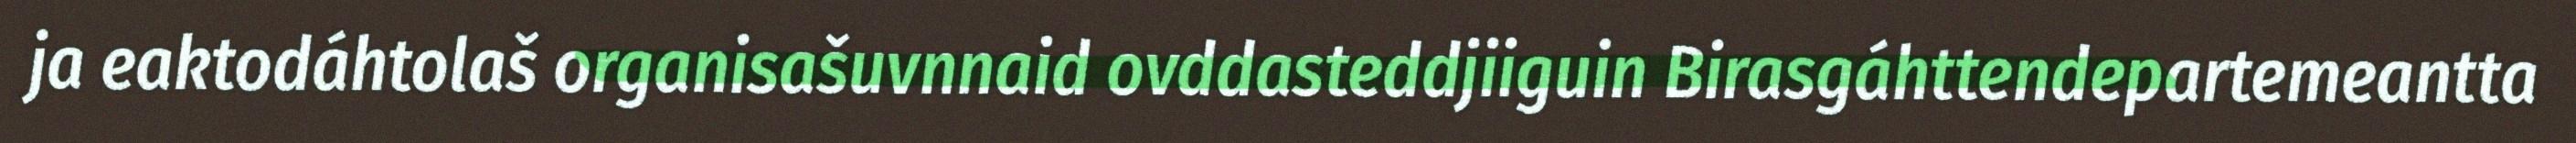
ja eaktodáhtolaš organisašuvnnaid ovddasteddjiiguin Birasgáhttendepartemeantta